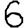
Digit: 6